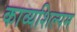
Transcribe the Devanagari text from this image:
काव्यशिल्पम